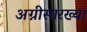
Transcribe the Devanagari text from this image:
अग्नीसारख्या